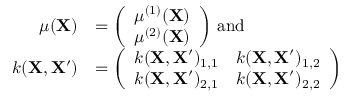
\begin{array} { r l } { \mu ( \mathbf { X } ) } & { = \left( \begin{array} { l } { \mu ^ { ( 1 ) } ( \mathbf { X } ) } \\ { \mu ^ { ( 2 ) } ( \mathbf { X } ) } \end{array} \right) \, \mathrm { a n d } \, } \\ { k ( \mathbf { X } , \mathbf { X ^ { \prime } } ) } & { = \left( \begin{array} { l l } { k ( \mathbf { X } , \mathbf { X ^ { \prime } } ) _ { 1 , 1 } } & { k ( \mathbf { X } , \mathbf { X ^ { \prime } } ) _ { 1 , 2 } } \\ { k ( \mathbf { X } , \mathbf { X ^ { \prime } } ) _ { 2 , 1 } } & { k ( \mathbf { X } , \mathbf { X ^ { \prime } } ) _ { 2 , 2 } } \end{array} \right) } \end{array}